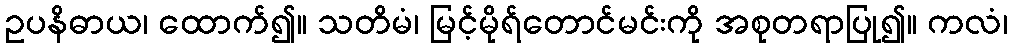
ဥပနိဓာယ၊ ထောက်၍။ သတိမံ၊ မြင့်မိုရ်တောင်မင်းကို အစုတရာပြု၍။ ကလံ၊